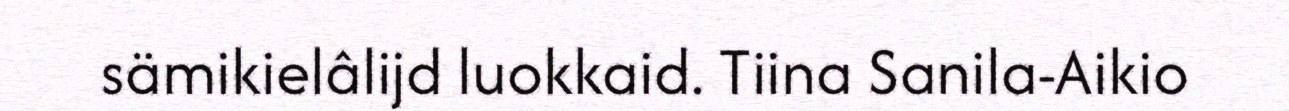
sämikielâlijd luokkaid. Tiina Sanila-Aikio